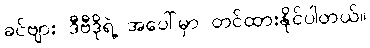
ခင်ဗျား ဒီဗီဒိုရဲ့ အပေါ်မှာ တင်ထားနိုင်ပါတယ်။